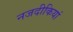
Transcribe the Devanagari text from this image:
नजदीकियां